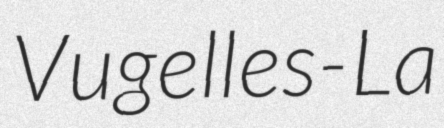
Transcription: Vugelles-La